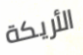
الأريكة